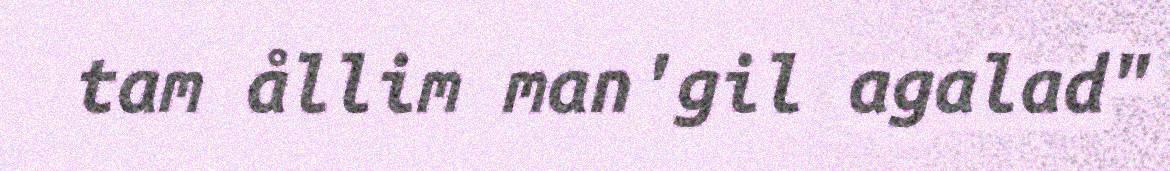
tam ållim man'gil agalad"